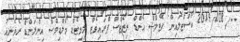
--/2019/028 ކޯސްޓްލައިން ހޮޓެލްސް އެންޑް ރިޒޯޓްސް ޕްރައިވެޓް ލިމިޓެޑް މޯލްޑިވްސް އިންލަންޑް ރެވެނިއު